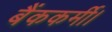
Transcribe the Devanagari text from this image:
बैंककर्मी।